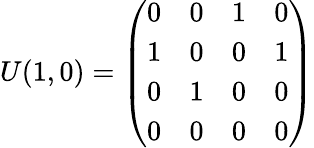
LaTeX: U(1,0)=\left(\begin{array}{cccc}{{0}}&{{0}}&{{1}}&{{0}}\\ {{1}}&{{0}}&{{0}}&{{1}}\\ {{0}}&{{1}}&{{0}}&{{0}}\\ {{0}}&{{0}}&{{0}}&{{0}}\end{array}\right)